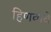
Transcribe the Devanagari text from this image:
हिणवावे